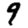
Digit: 9